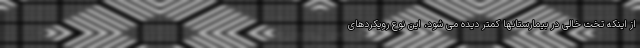
از اینکه تخت خالی در بیمارستانها کمتر دیده می شود، این نوع رویکردهای